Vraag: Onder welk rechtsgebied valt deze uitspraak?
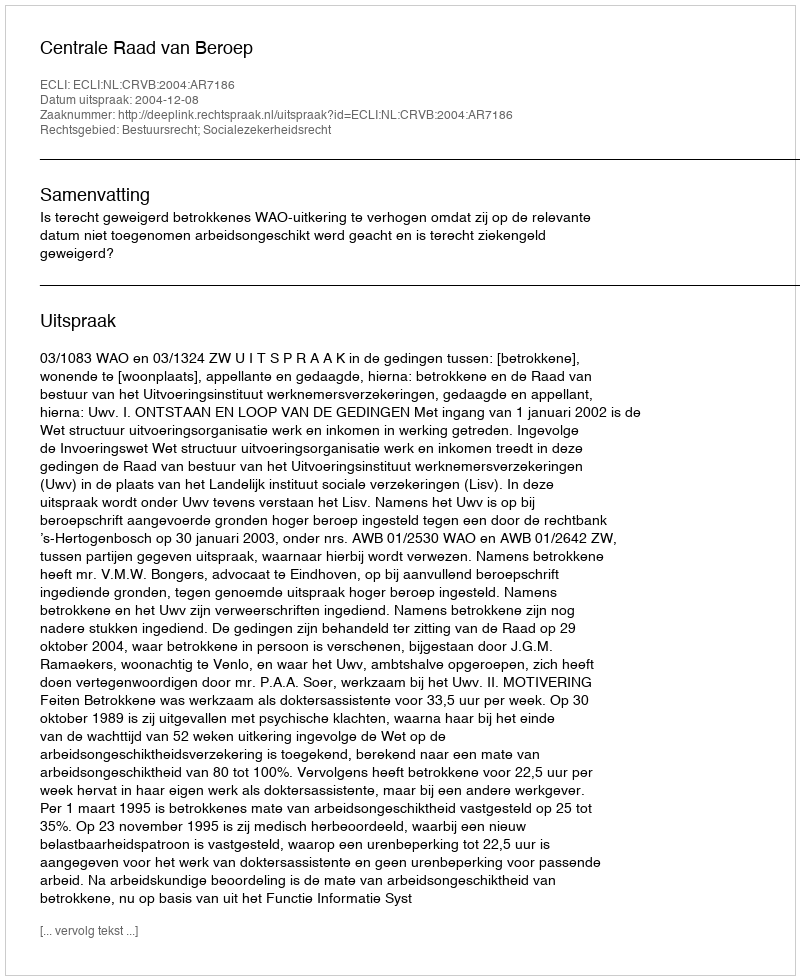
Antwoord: Bestuursrecht; Socialezekerheidsrecht